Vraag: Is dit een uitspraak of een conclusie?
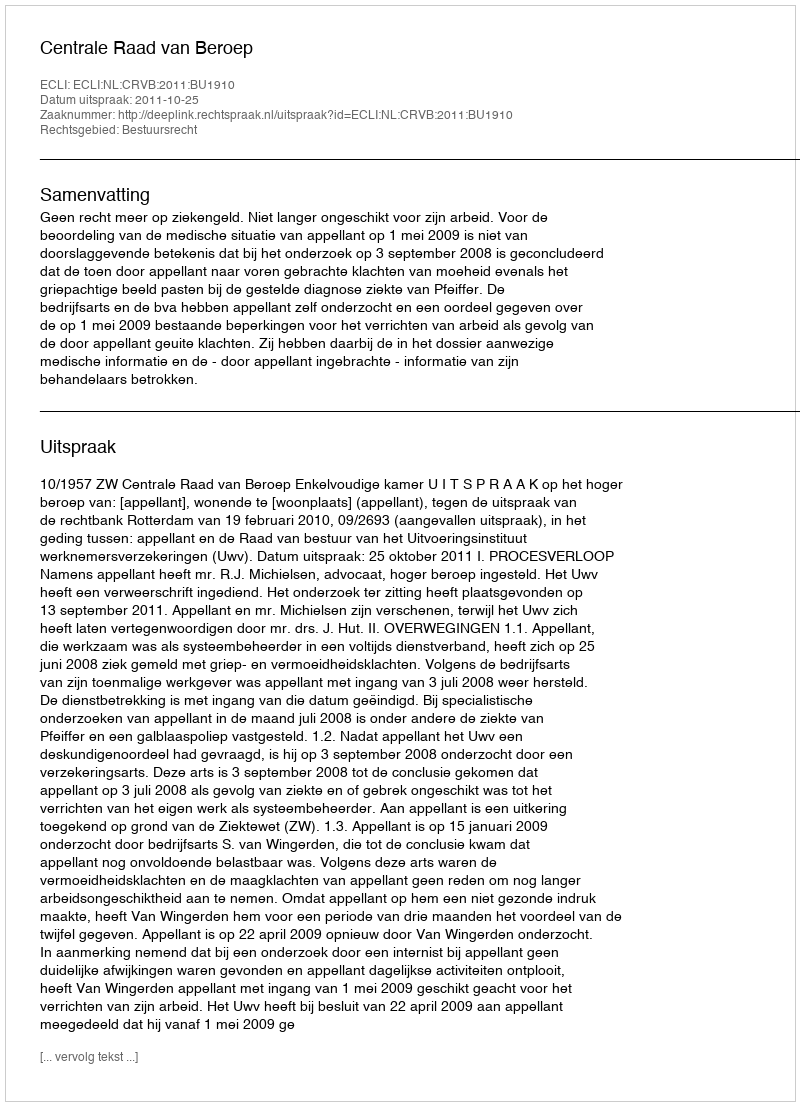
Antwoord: Uitspraak